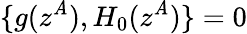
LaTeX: \{ g(z^{\mathit{A}}),H_{0}(z^{\mathit{A}})\} =0